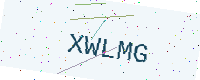
Text: XWLMG